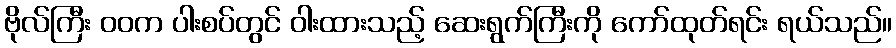
ဗိုလ်ကြီး ဝဝက ပါးစပ်တွင် ဝါးထားသည့် ဆေးရွက်ကြီးကို ကော်ထုတ်ရင်း ရယ်သည်။